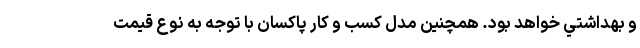
و بهداشتي خواهد بود. همچنین مدل کسب و کار پاکسان با توجه به نوع قیمت